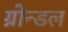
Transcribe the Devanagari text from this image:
ग्रोन्डल